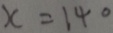
x = 1 4 0